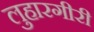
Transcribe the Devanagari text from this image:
लुहारगीरी